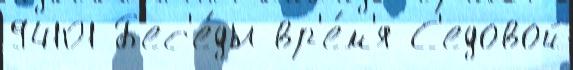
94101 Б'ес'е́ды вр'е́м'я С'едовой